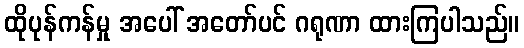
ထိုပုန်ကန်မှု အပေါ် အတော်ပင် ဂရုဏာ ထားကြပါသည်။